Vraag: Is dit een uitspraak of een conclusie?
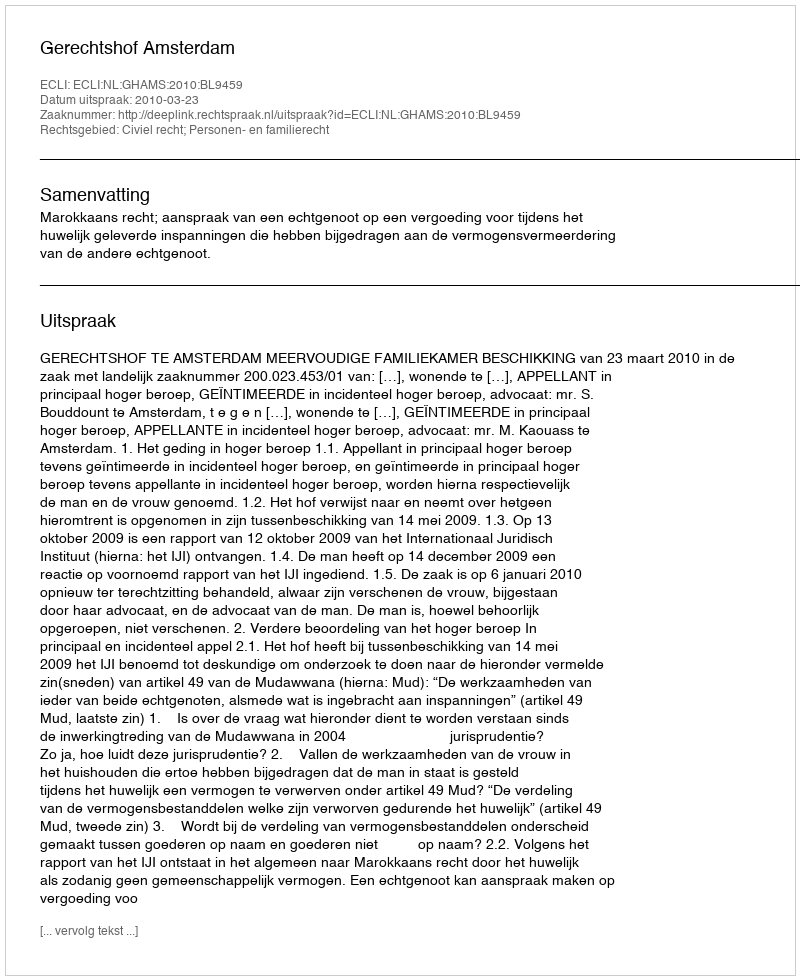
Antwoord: Uitspraak